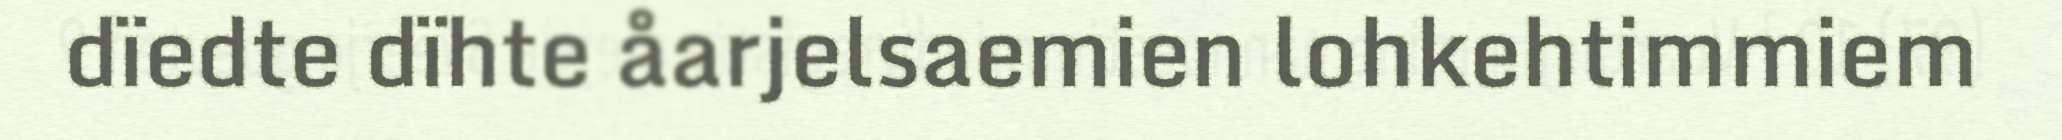
dïedte dïhte åarjelsaemien lohkehtimmiem